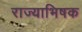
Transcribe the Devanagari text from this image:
राज्याभिषक